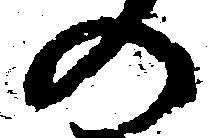
の